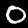
Label: 0